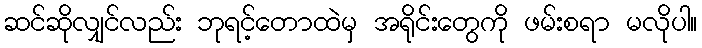
ဆင်ဆိုလျှင်လည်း ဘုရင့်တောထဲမှ အရိုင်းတွေကို ဖမ်းစရာ မလိုပါ။